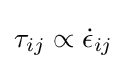
\tau _{ij}\propto {\dot {\epsilon }}_{ij}